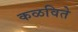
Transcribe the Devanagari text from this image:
कळविते